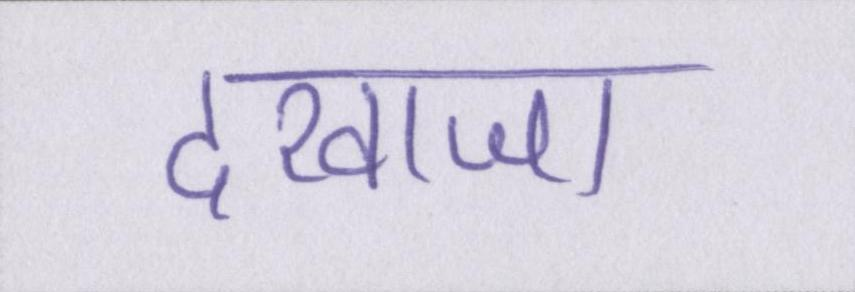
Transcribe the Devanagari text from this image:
दरवाजा